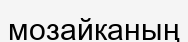
мозайканың